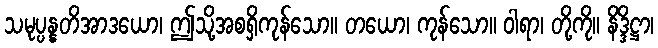
သမုပ္ပန္နတိအာဒယော၊ ဤသို့အစရှိကုန်သော။ တယော၊ ကုန်သော။ ဝါရာ၊ တို့ကို။ နိဒ္ဒိဋ္ဌာ၊